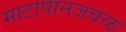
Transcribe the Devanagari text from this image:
माटापानजवळ